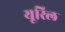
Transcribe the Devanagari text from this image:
यूरिल